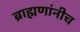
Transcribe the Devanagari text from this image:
ब्राह्मणांनीच